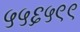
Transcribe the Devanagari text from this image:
५५६५९९